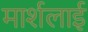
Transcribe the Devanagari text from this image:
मार्शलाई